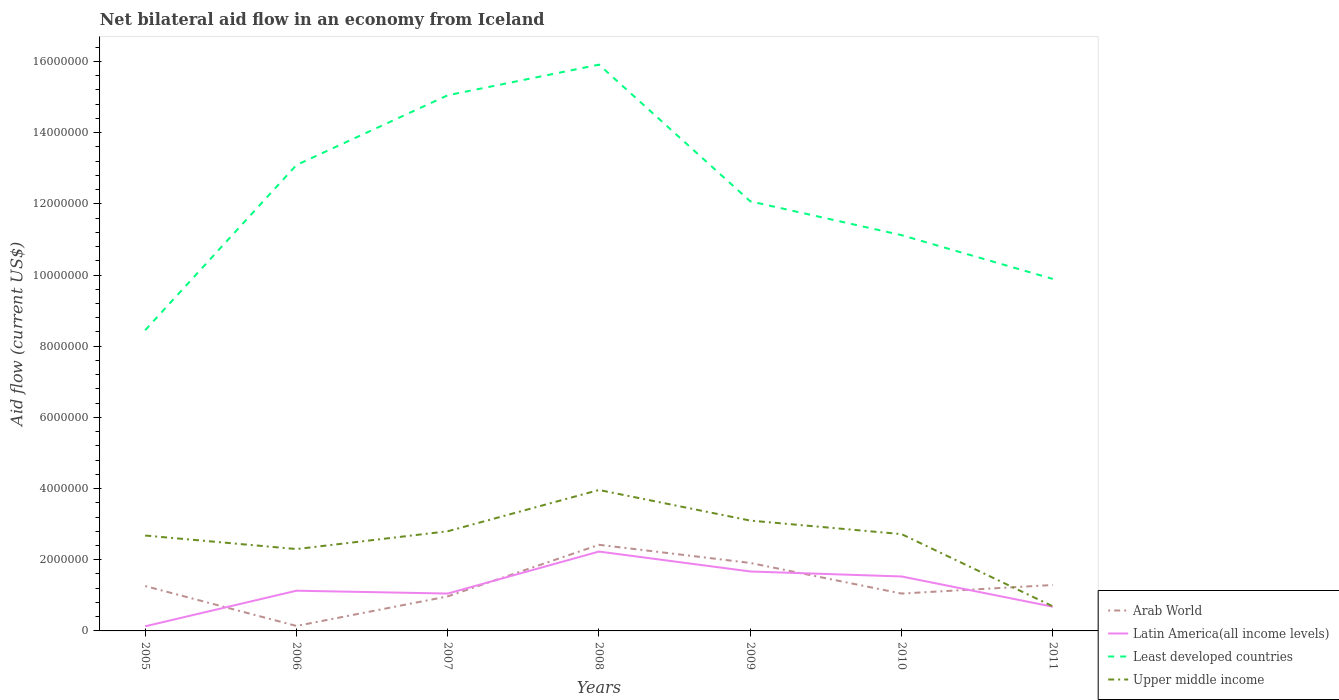
| Years | Arab World | Latin America(all income levels) | Least developed countries | Upper middle income |
 | --- | --- | --- | --- | --- |
 | 2005 | 1.26e+06 | 1.3e+05 | 8.45e+06 | 2.68e+06 |
 | 2006 | 1.4e+05 | 1.13e+06 | 1.31e+07 | 2.3e+06 |
 | 2007 | 9.7e+05 | 1.05e+06 | 1.50e+07 | 2.8e+06 |
 | 2008 | 2.42e+06 | 2.23e+06 | 1.59e+07 | 3.96e+06 |
 | 2009 | 1.91e+06 | 1.67e+06 | 1.21e+07 | 3.1e+06 |
 | 2010 | 1.05e+06 | 1.53e+06 | 1.11e+07 | 2.72e+06 |
 | 2011 | 1.29e+06 | 6.8e+05 | 9.89e+06 | 6.9e+05 |